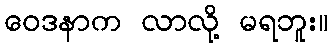
ဝေဒနာက လာလို့ မရဘူး။